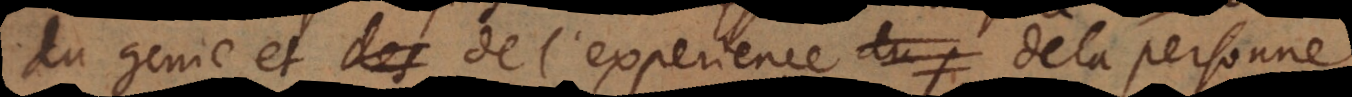
du genie et de l’experience de la personne,